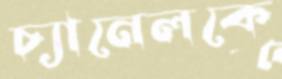
চ্যানেলকে